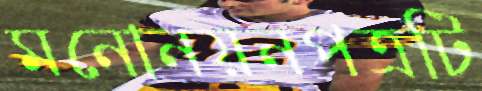
মনোনয়নপত্রটি